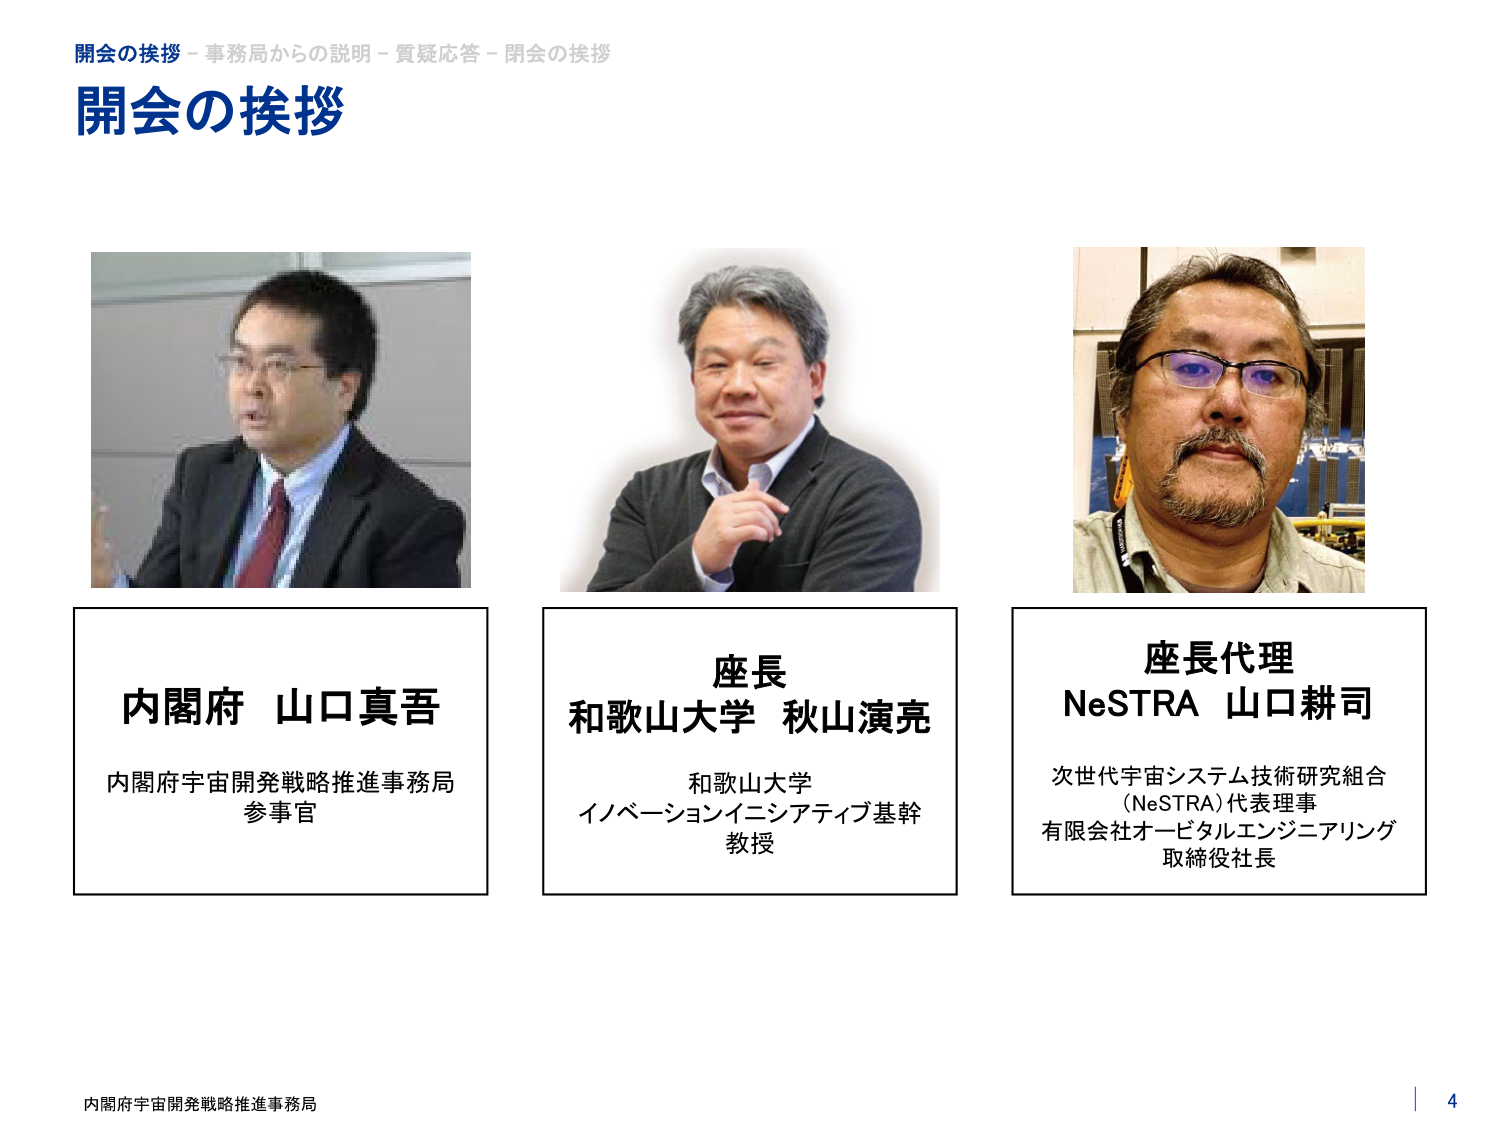
開会の挨拶 - 事務局からの説明 - 質疑応答 - 閉会の挨拶
開会の挨拶

内閣府 山口真吾
内閣府宇宙開発戦略推進事務局
参事官

座長
和歌山大学 秋山演亮
和歌山大学
イノベーションイニシアティブ基幹
教授

座長代理
NeSTRA 山口耕司
次世代宇宙システム技術研究組合
（NeSTRA）代表理事
有限会社オービタルエンジニアリング
取締役社長

内閣府宇宙開発戦略推進事務局
4